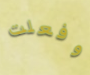
وفعلت